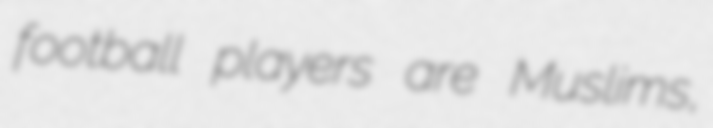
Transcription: football players are Muslims,